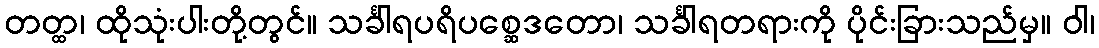
တတ္ထ၊ ထိုသုံးပါးတို့တွင်။ သင်္ခါရပရိပစ္ဆေဒတော၊ သင်္ခါရတရားကို ပိုင်းခြားသည်မှ။ ဝါ၊